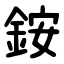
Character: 銨